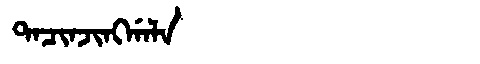
Manchu: ᡨᠠᠴᡳᠨᠵᡳᠩᡤᠠᠯᠠ
Romanization: TACINJINGGALA